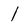
Character: l